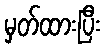
မှတ်ထားပြီး